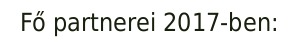
Fő partnerei 2017-ben: